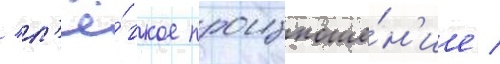
/ л'ё́гкое произноше́н'ие /